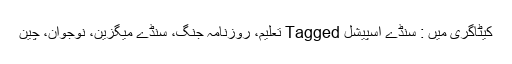
کیٹاگری میں : سنڈے اسپیشل Tagged تعلیم، روزنامہ جنگ، سنڈے میگزین، نوجوان، چین